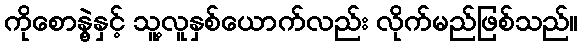
ကိုစောနွဲ့နှင့် သူ့လူနှစ်ယောက်လည်း လိုက်မည်ဖြစ်သည်။